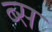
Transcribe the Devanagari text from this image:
ब्स